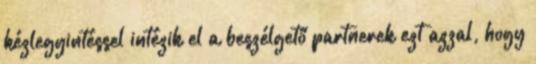
kézlegyintéssel intézik el a beszélgető partnerek ezt azzal, hogy